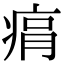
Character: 㾓